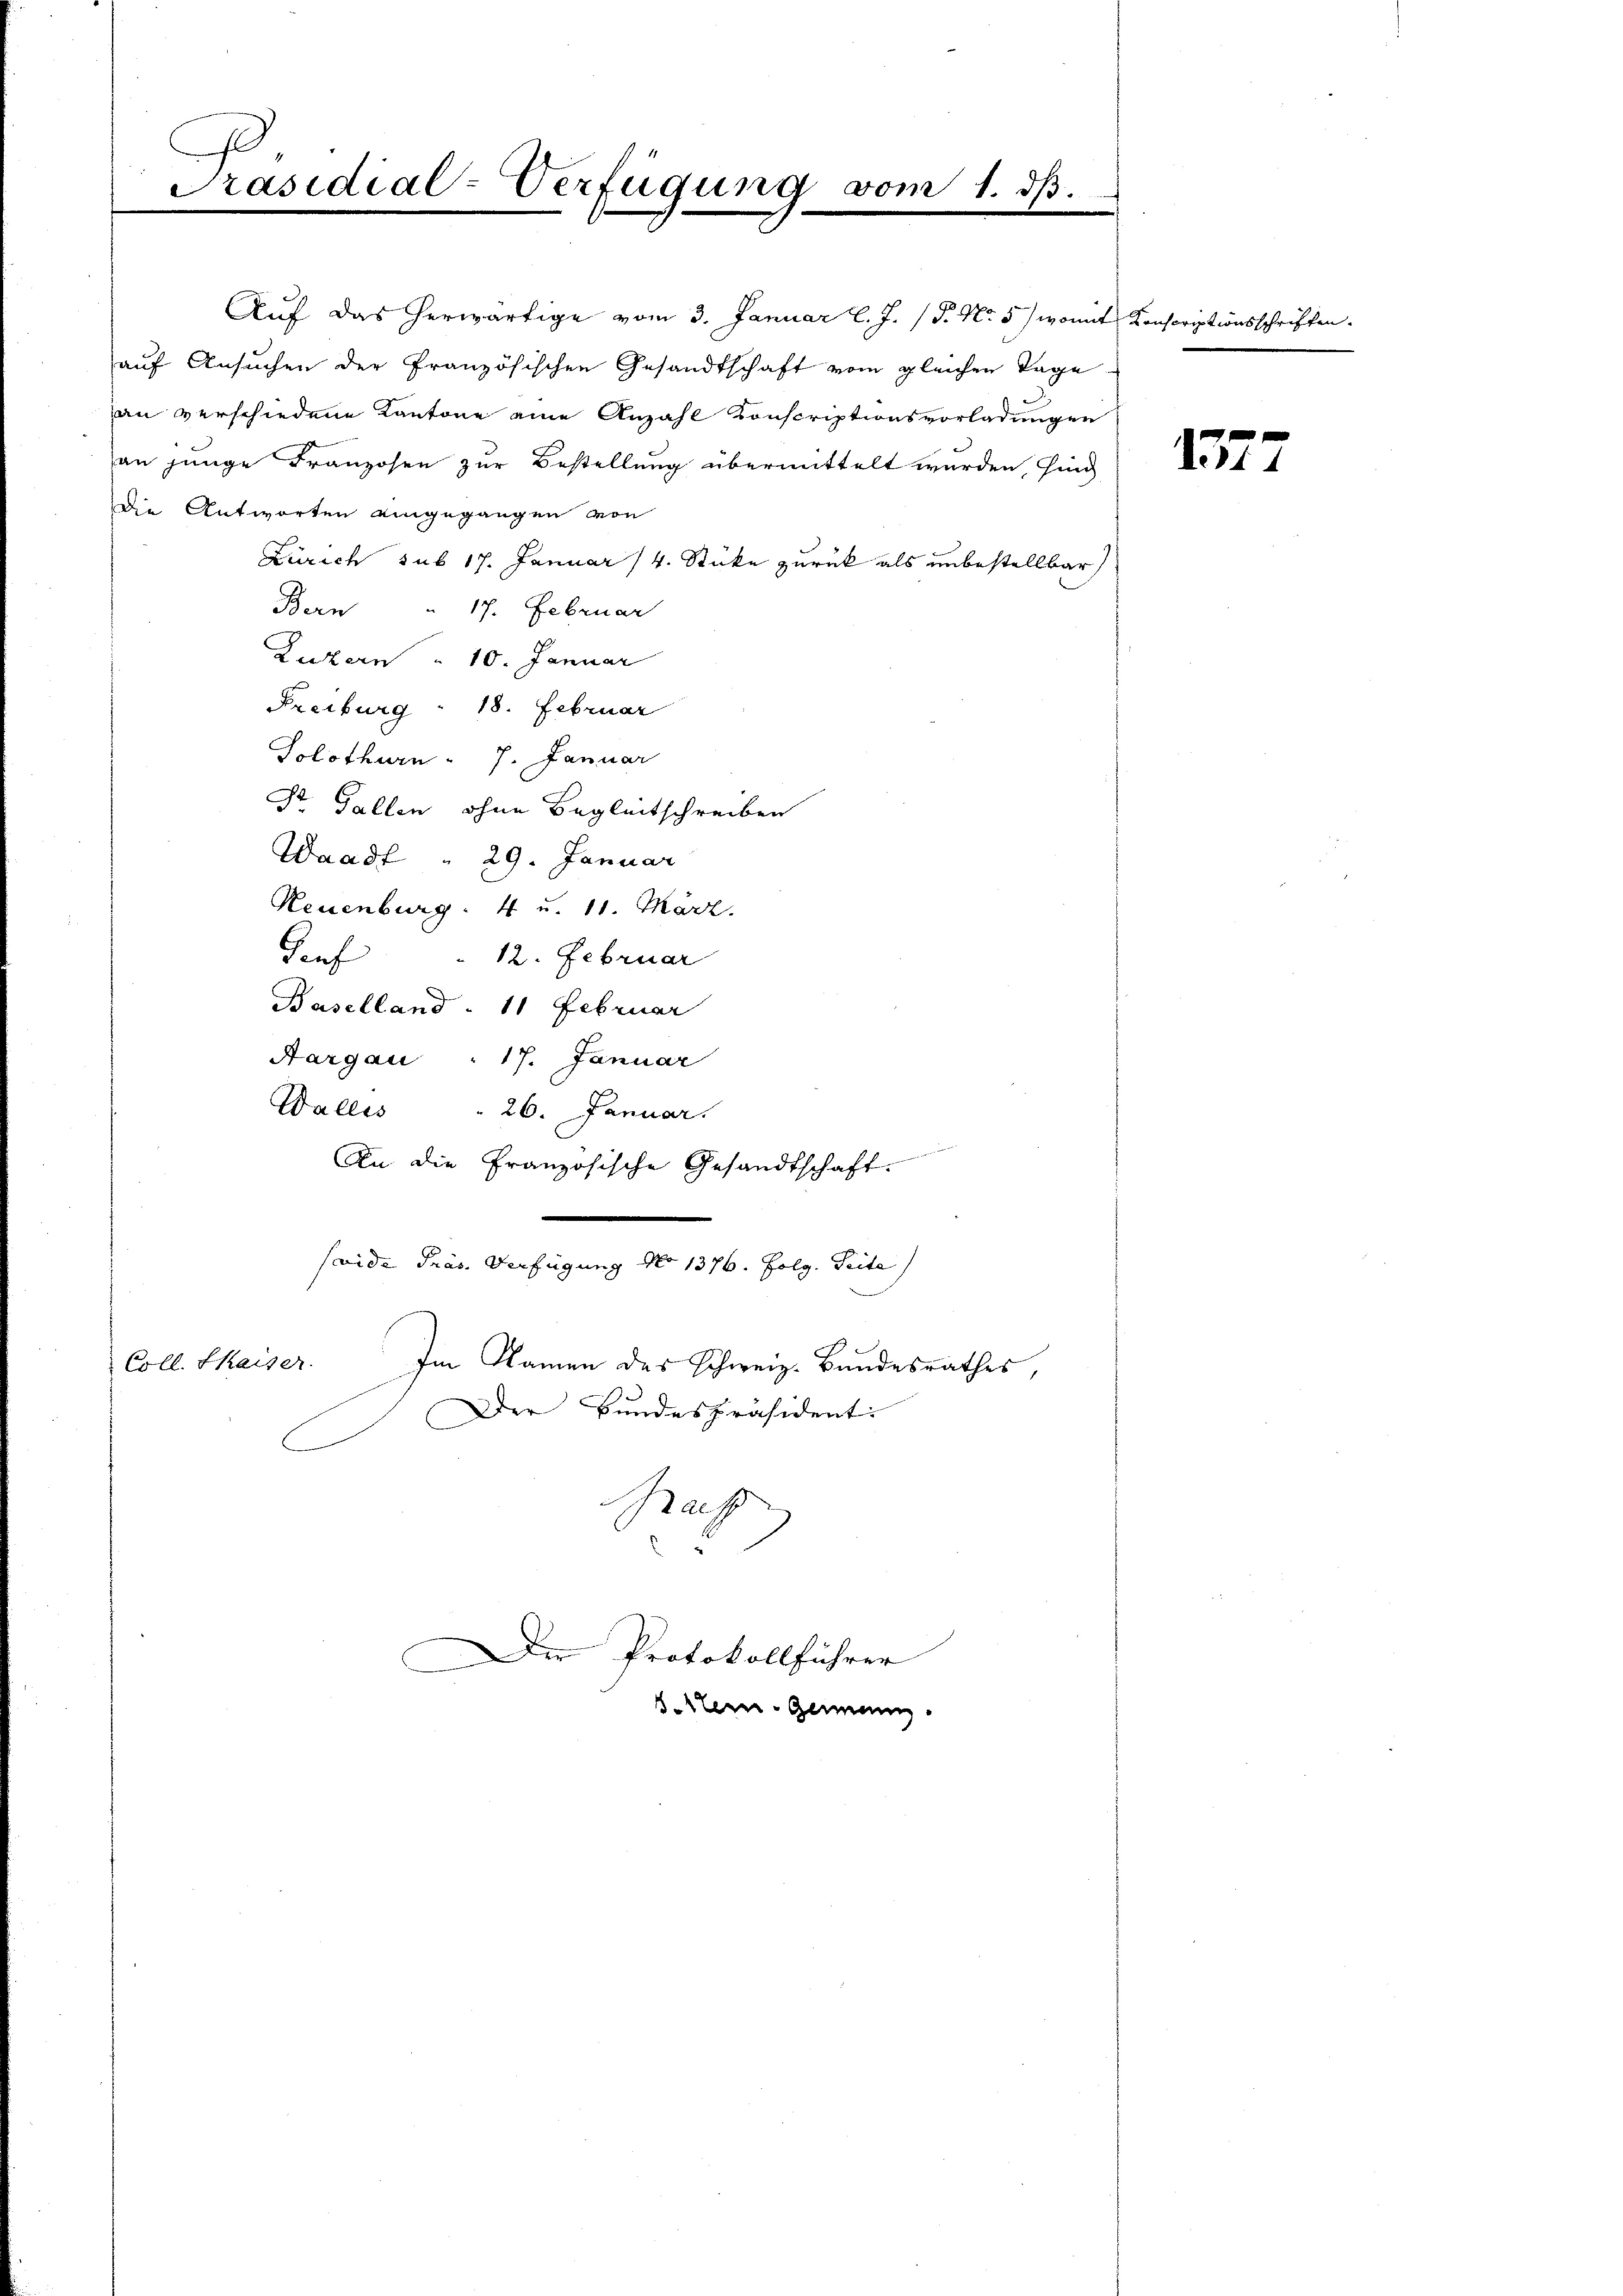
Präsidial-Verfügung vom 1. dβ.

Auf das herwärtige vom 3. Januar l. J. 18. No. 5) womit Konscriptionsschrifte
auf Ansuchen der Französischen Gesandtschaft vom gleichen Tage
an verschiedene Kantone eine Anzahl Conscriptionsvorladungen
an junge Franzosen zur Bestellung übermittelt wurden, sind
Die Antworten eingegangen von
Zürich sub 17. Januar 14. Stücke zurück als unbestellbar
Bern 17. Februar
Luzern „ 10. Januar
Freiburg: 18. Februar
Solothurn - 7. Januar
Dr. Gallen ohne Begleitschreiben
Waadt " 29. Januar
Neuenburg. 4 u. 11. März.
12. Februar
Senf
Baselland 11 Februar
Aargau : 17. Januar
Wallis . 26. Januar.
An die Französische Gesandtschaft.
Caide Präs. Verfügung No 1376. Folg. Seite
Coll. Shaiser. Im Namen des Schweiz. Bundesrathes,
Der Bundespräsident:
Kraft

Die Protokollführer
Seren Gemeinig

1277